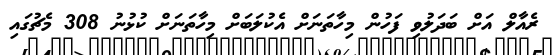
ރެއާލް އަށް ބަދަލުވި ފަހުން މިހާތަނަށް އެކުލަބަށް މިހާތަނަށް ކުޅުނު 308 މެޗުގައި